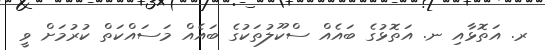
ރ. އަތޮޅާއި ނ. އަތޮޅުގެ ބައެއް ސްކޫލުތަކުގެ ބައެއް މަސައްކަތް ކުރުމަށް ވީ